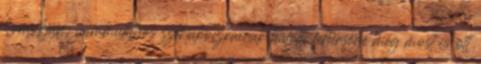
homokján; nummulithos sziklakoczkáinak halotti fehérsége még most is ott